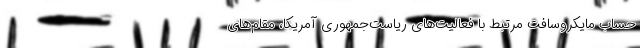
حساب مایکروسافت مرتبط با فعالیت‌های ریاست‌جمهوری آمریکا‌، مقام‌های